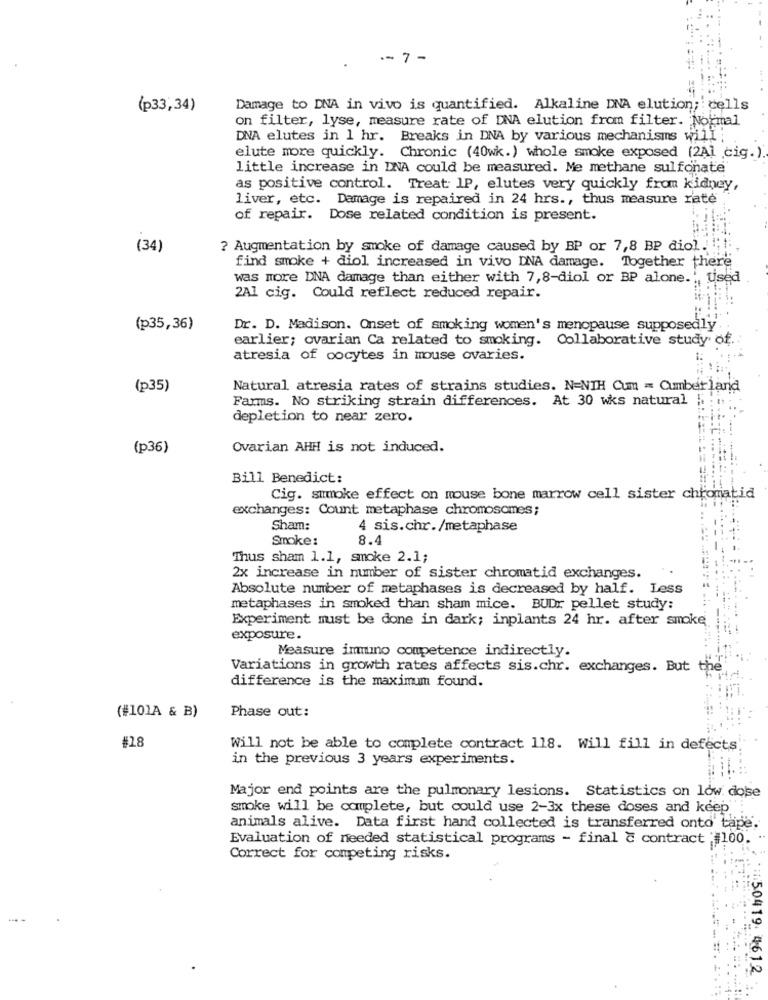
-- 7 -
(p33,34)
Damage to DNA in vivo is quantified. Alkaline DNA elution; cells
on filter, lyse, measure rate of DNA elution from filter. Normal
DNA elutes in 1 hr. Breaks in DNA by various mechanisms will;
elute more quickly. Chronic (40wk.) whole smoke exposed (2Al cig.)
little increase in INA could be measured. Me methane sulfonate
as positive control. Treat IP, elutes very quickly from kidney,
liver, etc. Damage is repaired in 24 hrs ., thus measure rate
of repair. Dose related condition is present.
(34)
? Augmentation by smoke of damage caused by BP or 7,8 BP diol. !
find smoke + diol increased in vivo DNA damage. Together there
was more DNA damage than either with 7,8-diol or BP alone.', used
2Al cig. Could reflect reduced repair.
(p35,36)
Dr. D. Madison. Onset of smoking women's menopause supposedly
earlier; ovarian Ca related to smoking. Collaborative study of.
atresia of oocytes in mouse ovaries.
(p35)
Natural atresia rates of strains studies. N=NIH Cum = Cumberland
Farms. No striking strain differences. At 30 wks natural
depletion to near zero.
(p36)
Ovarian AHH is not induced.
Bill Benedict:
Cig. sumoke effect on mouse bone marrow cell sister chromatid
exchanges: Count metaphase chromosomes;
Sham:
4 sis.chr./metaphase
Smoke:
8.4
Thus sham 1.1, smoke 2.1;
2x increase in number of sister chromatid exchanges.
Absolute number of metaphases is decreased by half. Less
metaphases in smoked than sham mice. BUDr pellet study:
Experiment must be done in dark; inplants 24 hr. after smoke.
exposure.
Measure immuno competence indirectly.
Variations in growth rates affects sis.chr. exchanges. But the"
difference is the maximum found.
(#101A & B)
Phase out:
#28
Will not be able to complete contract 118. Will fill in defects
in the previous 3 years experiments.
Major end points are the pulmonary lesions. Statistics on low dose
smoke will be complete, but could use 2-3x these doses and keep
animals alive. Data first hand collected is transferred onto tape.
Evaluation of needed statistical programs - final & contract ;#100.
Correct for competing risks.
50419. 4612